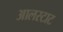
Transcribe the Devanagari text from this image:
आलस्टाट